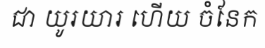
ជា យូរយារ ហើយ ចំនែក